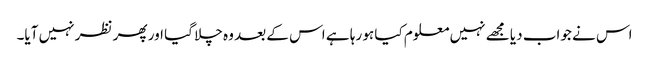
اس نے جواب دیا مجھے نہیں معلوم کیا ہو رہا ہے اس کے بعد وہ چلا گیا اور پھر نظر نہیں آیا۔